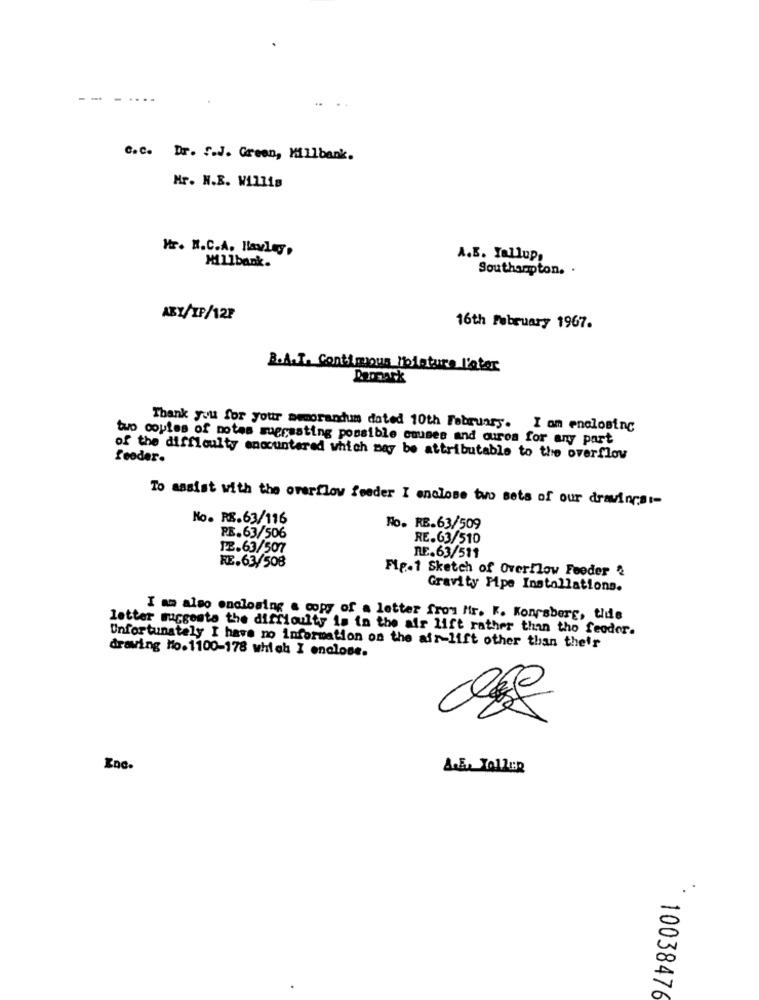
C.C. Dr. S.J. Green, Millbank.
Mr. N.B. Willis
Mr. N.C.A. Hawley,
Millbank.
A.B. Yallup,
Southampton. .
ABY/XP/12?
16th February 1967.
R.A.T. Contimous Moisture l'ater
Thank you for your memorandum dated 10th February. I om enclosing
two coules of notes suprusting possible causes and ouros for any part
of the difficulty encountered which may be attributable to the overflow
feoder.
To assist with the overflow feeder I enclose two sets of our drawings :-
No. RE.63/116
No. RE.63/509
RE.63/506
RE.63/510
12.63/507
RE.63/511
RE.63/508
Fig.1 Sketch of Overflow Feeder &
Gravity Pipe Installations.
I am also enclosing a copy of a letter from Mir. K. Kongsberg, tide
letter suggests the difficulty is in the air lift rather than tho feodor.
Unfortunately I have no information on the air-lift other than their
drawing Ho.1100-178 which I enclose.
Enc.
* 10038476